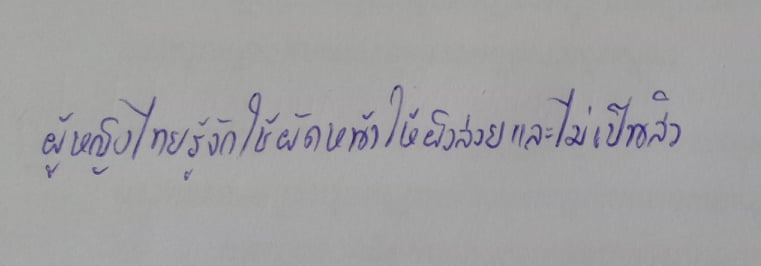
ผู้หญิงไทยรู้จักใช้ผัดหน้าให้ผิวสวยและไม่เป็นสิว